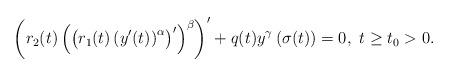
LaTeX: \begin{align*}\left(r_{2}(t)\left(\left(r_{1}(t)\left(y'(t)\right)^{\alpha}\right)'\right)^{\beta}\right)'+q(t)y^{\gamma}\left(\sigma(t)\right)=0,\ t\geq t_{0}>0.\end{align*}